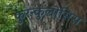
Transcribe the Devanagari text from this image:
फुरन्कुलोसिस